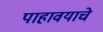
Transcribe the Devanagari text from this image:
पाहावयाचे